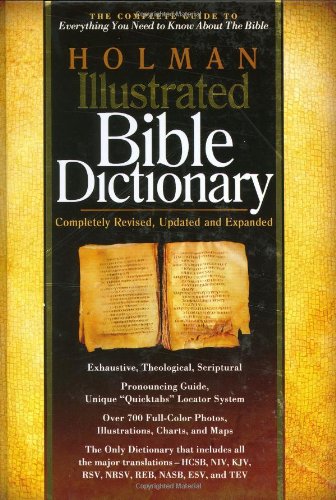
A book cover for Holman Illustrated Bible Dictionary; Christian Books & Bibles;